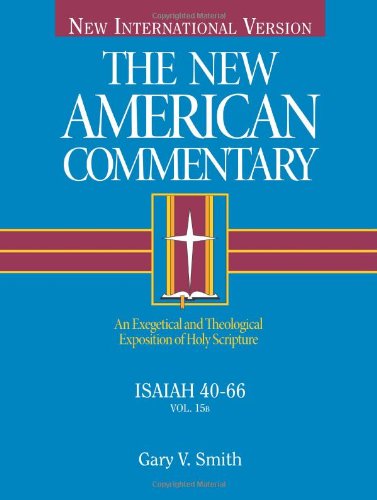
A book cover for Isaiah 40-66: An Exegetical and Theological Exposition of Holy Scripture (The New American Commentary); Gary V. Smith; Christian Books & Bibles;